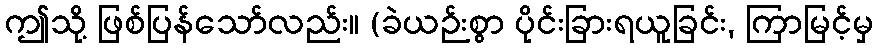
ဤသို့ ဖြစ်ပြန်သော်လည်း။ (ခဲယဉ်းစွာ ပိုင်းခြားရယူခြင်း, ကြာမြင့်မှ